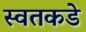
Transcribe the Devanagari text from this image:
स्वतकडे